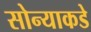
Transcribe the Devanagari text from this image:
सोन्याकडे